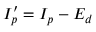
I _ { p } ^ { \prime } = I _ { p } - E _ { d }